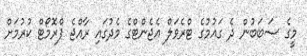
މީގެ ސަބަބުން ދެ ގައުމުގެ ޓްރެވަލް އެޖެންޓްގެ މެދުގައި ރާއްޖެ ޕްރޮމޯޓް ކުރުމަށް